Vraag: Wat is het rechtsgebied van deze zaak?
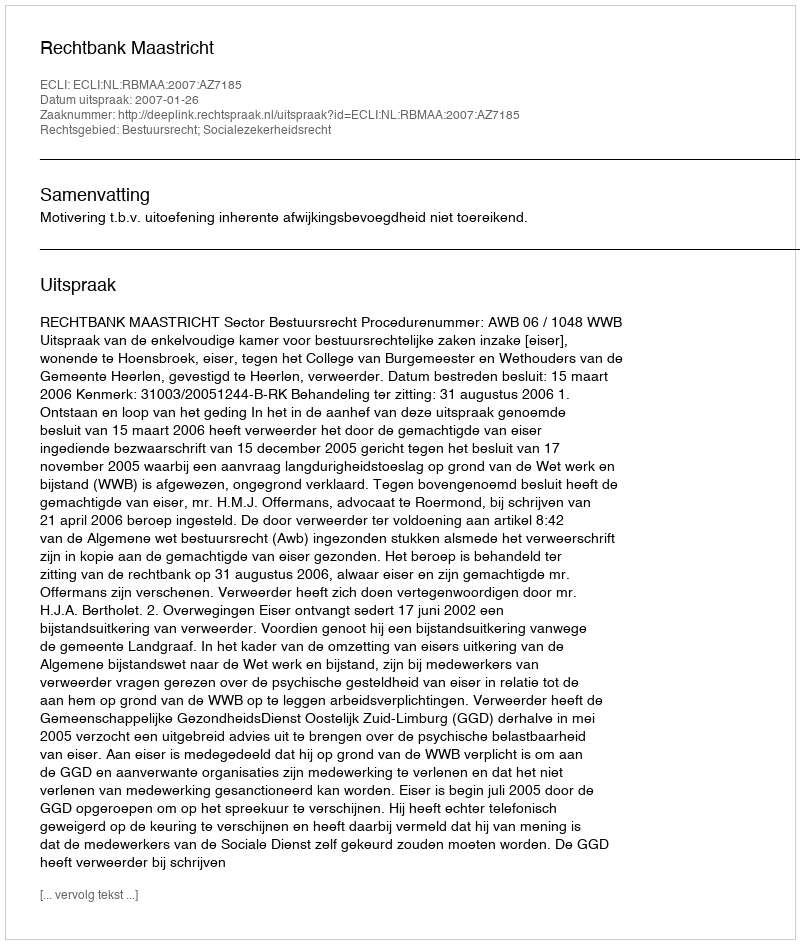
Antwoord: Bestuursrecht; Socialezekerheidsrecht